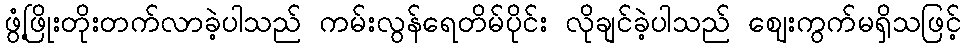
ဖွံ့ဖြိုးတိုးတက်လာခဲ့ပါသည် ကမ်းလွန်ရေတိမ်ပိုင်း လိုချင်ခဲ့ပါသည် ဈေးကွက်မရှိသဖြင့်